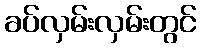
ခပ်လှမ်းလှမ်းတွင်